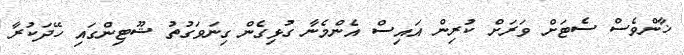
ޚާންވެސް ސެޓަށް ވަރަށް ކުރިން އައިސް އެންމެނާ ގުޅިގެން ގިނަވަގުތު ޝޫޓިންގައި ހޭދަކުރާ